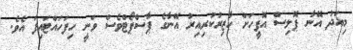
މިއަދު އޭނާ ޕޮލިސް އޮފީހަށް ހާޒިރުކުރިއިރު އޭނާގެ ޕާސްޕޯޓްވެސް ވަނީ ހިފަހައްޓައިފަ އެވެ.